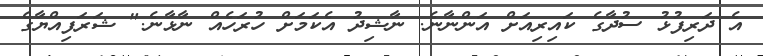
އެ ދަރިފުޅު ސުދާގެ ކައިރިއަށް އަންނާނެ. ނާޝިދު އެކަމަށް ހުރަހެއް ނާޅާނެ." ޝަރަފިއްޔާގެ